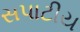
સપાટીય